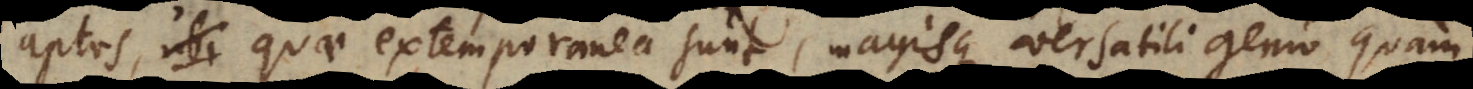
aptos, quae extemporanea sunt, magisque versatili genio quam